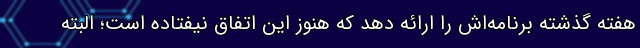
هفته گذشته برنامه‌اش را ارائه دهد که هنوز این اتفاق نیفتاده است؛ البته